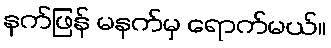
နက်ဖြန် မနက်မှ ရောက်မယ်။